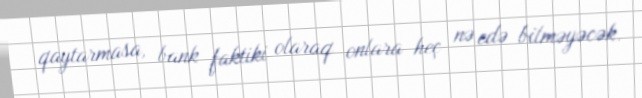
qaytarmasa, bank faktiki olaraq onlara heç nə edə bilməyəcək.